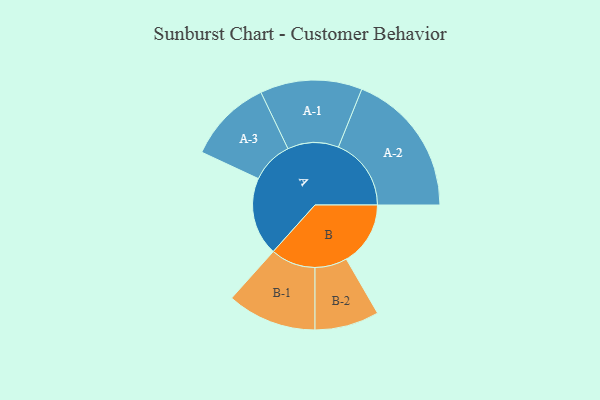
{"axis": {"x": "Segment", "y": "Value"}, "legend": ["", "A", "B"], "data": [{"x": "A", "y": 316, "type": ""}, {"x": "B", "y": 259, "type": ""}, {"x": "A-1", "y": 206, "type": "A"}, {"x": "A-2", "y": 294, "type": "A"}, {"x": "A-3", "y": 170, "type": "A"}, {"x": "B-1", "y": 181, "type": "B"}, {"x": "B-2", "y": 130, "type": "B"}]}